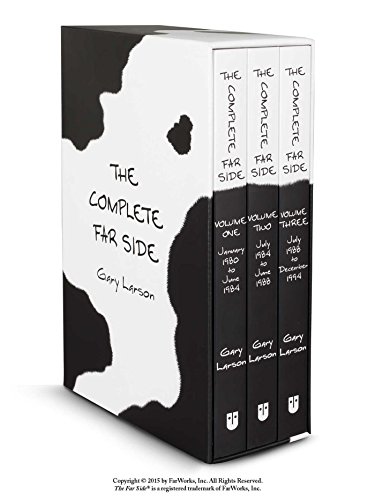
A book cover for The Complete Far Side; Gary Larson; Comics & Graphic Novels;